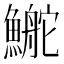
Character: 鿳